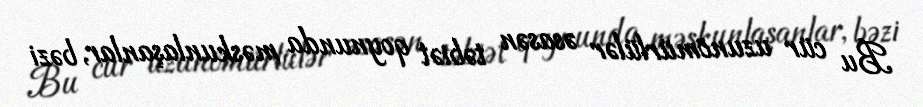
Bu cür uzunömürlülər əsasən təbiət qoynunda məskunlaşanlar, bəzi